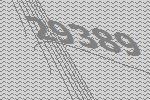
29389